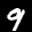
Label: 9